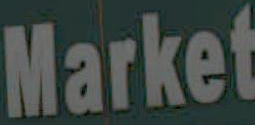
Market